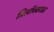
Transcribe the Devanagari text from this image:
प्रिऑक्साइड